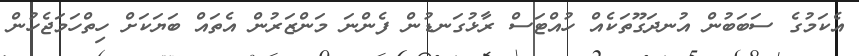
އެކަމުގެ ސަބަބުން އުނދަގޫތަކެއް ހުއްޓަސް ރާޅުގަނޑުން ފެންނަ މަންޒަރުން އެތައް ބަޔަކަށް ހިތްހަމަޖެހުން